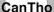
CanTho